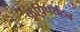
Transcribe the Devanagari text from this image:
कृषिपर्यटन